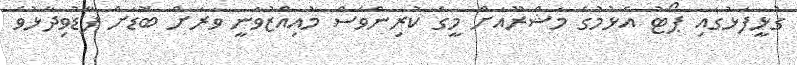
ގުޅީފަޅުގައި ޕޯޓު އެޅުމުގެ މަޝްރޫއަށް މީގެ ކުރިންވެސް މުއިއްޒުވަނީ ވަރަށް ބޮޑަށް ފާޑުވިދާޅުވެ